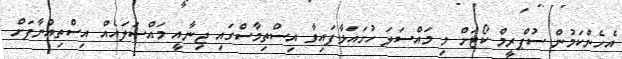
އެހެންކަމުން ސުޕްރީމް ކޯޓަށް މި މައްސަލަ ހުށައަޅާފައިވާ އިސްތިމާސްގައި ޖިނާއީ މައްސަލައެއް އިސްތިއުނާފަށް